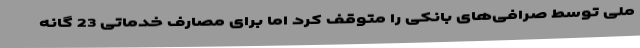
ملی توسط صرافی‌های بانکی را متوقف کرد اما برای مصارف خدماتی 23 گانه